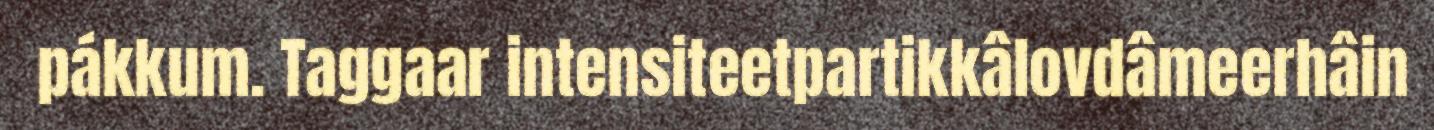
pákkum. Taggaar intensiteetpartikkâlovdâmeerhâin